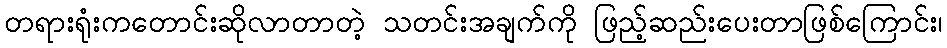
တရားရုံးကတောင်းဆိုလာတာတဲ့ သတင်းအချက်ကို ဖြည့်ဆည်းပေးတာဖြစ်ကြောင်း၊